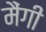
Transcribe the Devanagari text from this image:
मैंगी